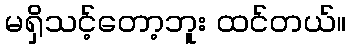
မရှိသင့်တော့ဘူး ထင်တယ်။